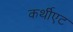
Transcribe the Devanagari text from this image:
कर्थीएट